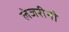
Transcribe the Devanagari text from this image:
लेजरीनी